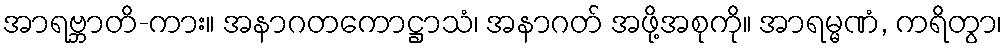
အာရဗ္ဘာတိ-ကား။ အနာဂတကောဋ္ဌာသံ၊ အနာဂတ် အဖို့အစုကို။ အာရမ္မဏံ, ကရိတွာ၊